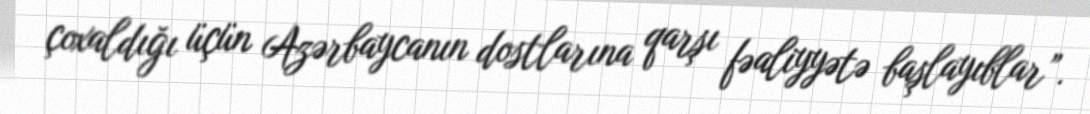
çoxaldığı üçün Azərbaycanın dostlarına qarşı fəaliyyətə başlayıblar”.